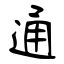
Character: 通